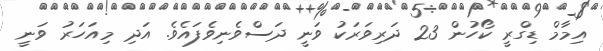
އިމާމް ޑިގްރީ ކޯހުން 23 ދަރިވަރަކު ވަނީ ދަސްވެނިވެފައެވެ. އަދި މިއަހަރު ވަނީ